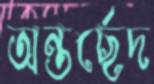
অন্তর্ছেদ